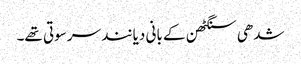
شدھی سنگٹھن کے بانی دیانند سرسوتی تھے۔